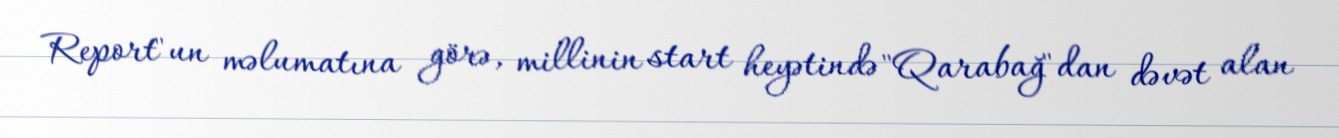
Report"un məlumatına görə, millinin start heyətində "Qarabağ"dan dəvət alan